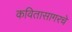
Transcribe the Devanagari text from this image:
कवितासागरचे